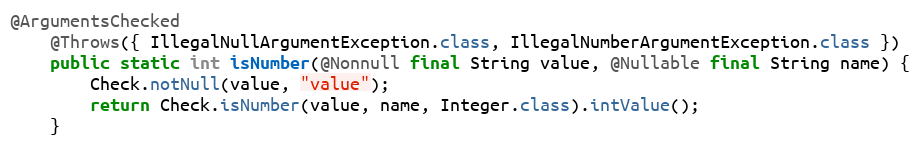
Language: Java
@ArgumentsChecked
	@Throws({ IllegalNullArgumentException.class, IllegalNumberArgumentException.class })
	public static int isNumber(@Nonnull final String value, @Nullable final String name) {
		Check.notNull(value, "value");
		return Check.isNumber(value, name, Integer.class).intValue();
	}